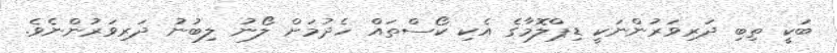
ބަކީ ތިބި ދަރިވަރުންނަކީ ޑިޕްލޮމާގެ އެކި ކޯސްތައް ހެދުމަށް ލޯނު ލިބުނު ދަރިވަރުންނެވެ.